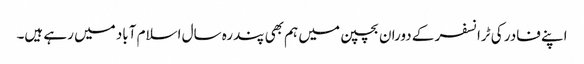
اپنے فادر کی ٹرانسفر کے دوران بچپن میں ہم بھی پندرہ سال اسلام آباد میں رہے ہیں۔